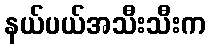
နယ်ပယ်အသီးသီးက